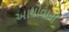
આયોવાની